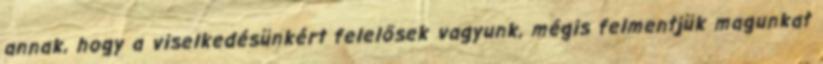
annak, hogy a viselkedésünkért felelősek vagyunk, mégis felmentjük magunkat